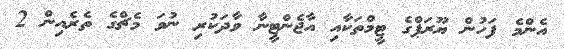
އެންމެ ފަހުން ޔޫރަޕްގެ ޓީމްތަކާއި އާޖެންޓީނާ ވާދަކުރި ނުވަ މެޗްގެ ތެރެއިން 2